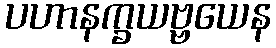
ပဟာနက္ခယဗ္ဗယေန